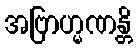
အဗြာဟ္မဏန္တိ